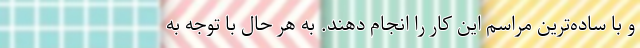
و با ساده‌‌ترین مراسم این کار را انجام دهند. به هر حال با توجه به